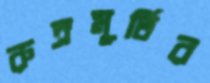
রুদ্রমূর্তির